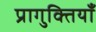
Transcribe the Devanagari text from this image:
प्रागुक्तियाँ